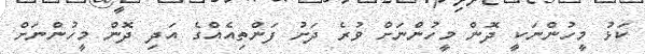
ކަޅު މީހުންނަކީ ދޮން މީހުންނަށް ވުރެ ދަށު ފަންތިއެއްގެ އަދި ދޮން މީހުންނަށް